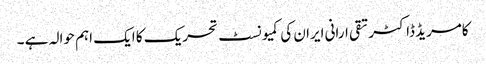
کامریڈ ڈاکٹر تقی ارانی ایران کی کمیونسٹ تحریک کا ایک اہم حوالہ ہے ۔